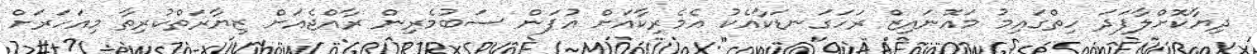
ދިޔާކޮށްލާފަދަ ހިތްގައިމު މައޮނައިޒް ރަހަގަނޑަކާއެކު އެމެރިކާއަށް އުފަން ސަބުމެރިން ރާއްޖެއަށް ޒިޔާރަތްކުރިތާ މިއަހަރަށް